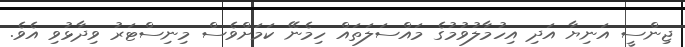
ޖިންސީ އަނިޔާ އަދި އިހުމާލުވުމުގެ މައްސަލަތައް ހިމެނޭ ކަމަށްވެސް މިނިސްޓަރު ވިދާޅުވި އެވެ.